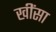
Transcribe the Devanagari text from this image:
खींसा